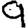
Digit: 9